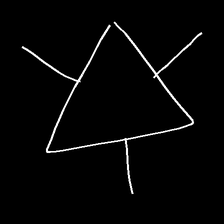
Glyph: fire